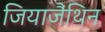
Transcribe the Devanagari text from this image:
जियाजैंथिन